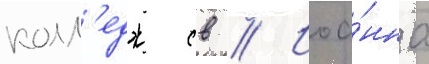
колл'едж св // Иоа́нна